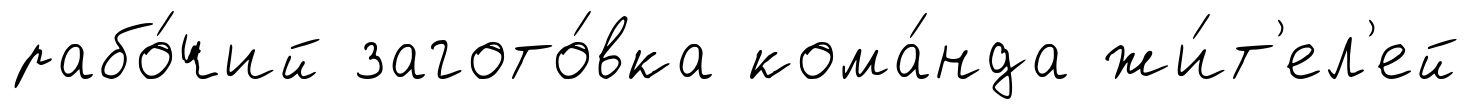
рабо́чий загото́вка кома́нда жи́т'ел'ей